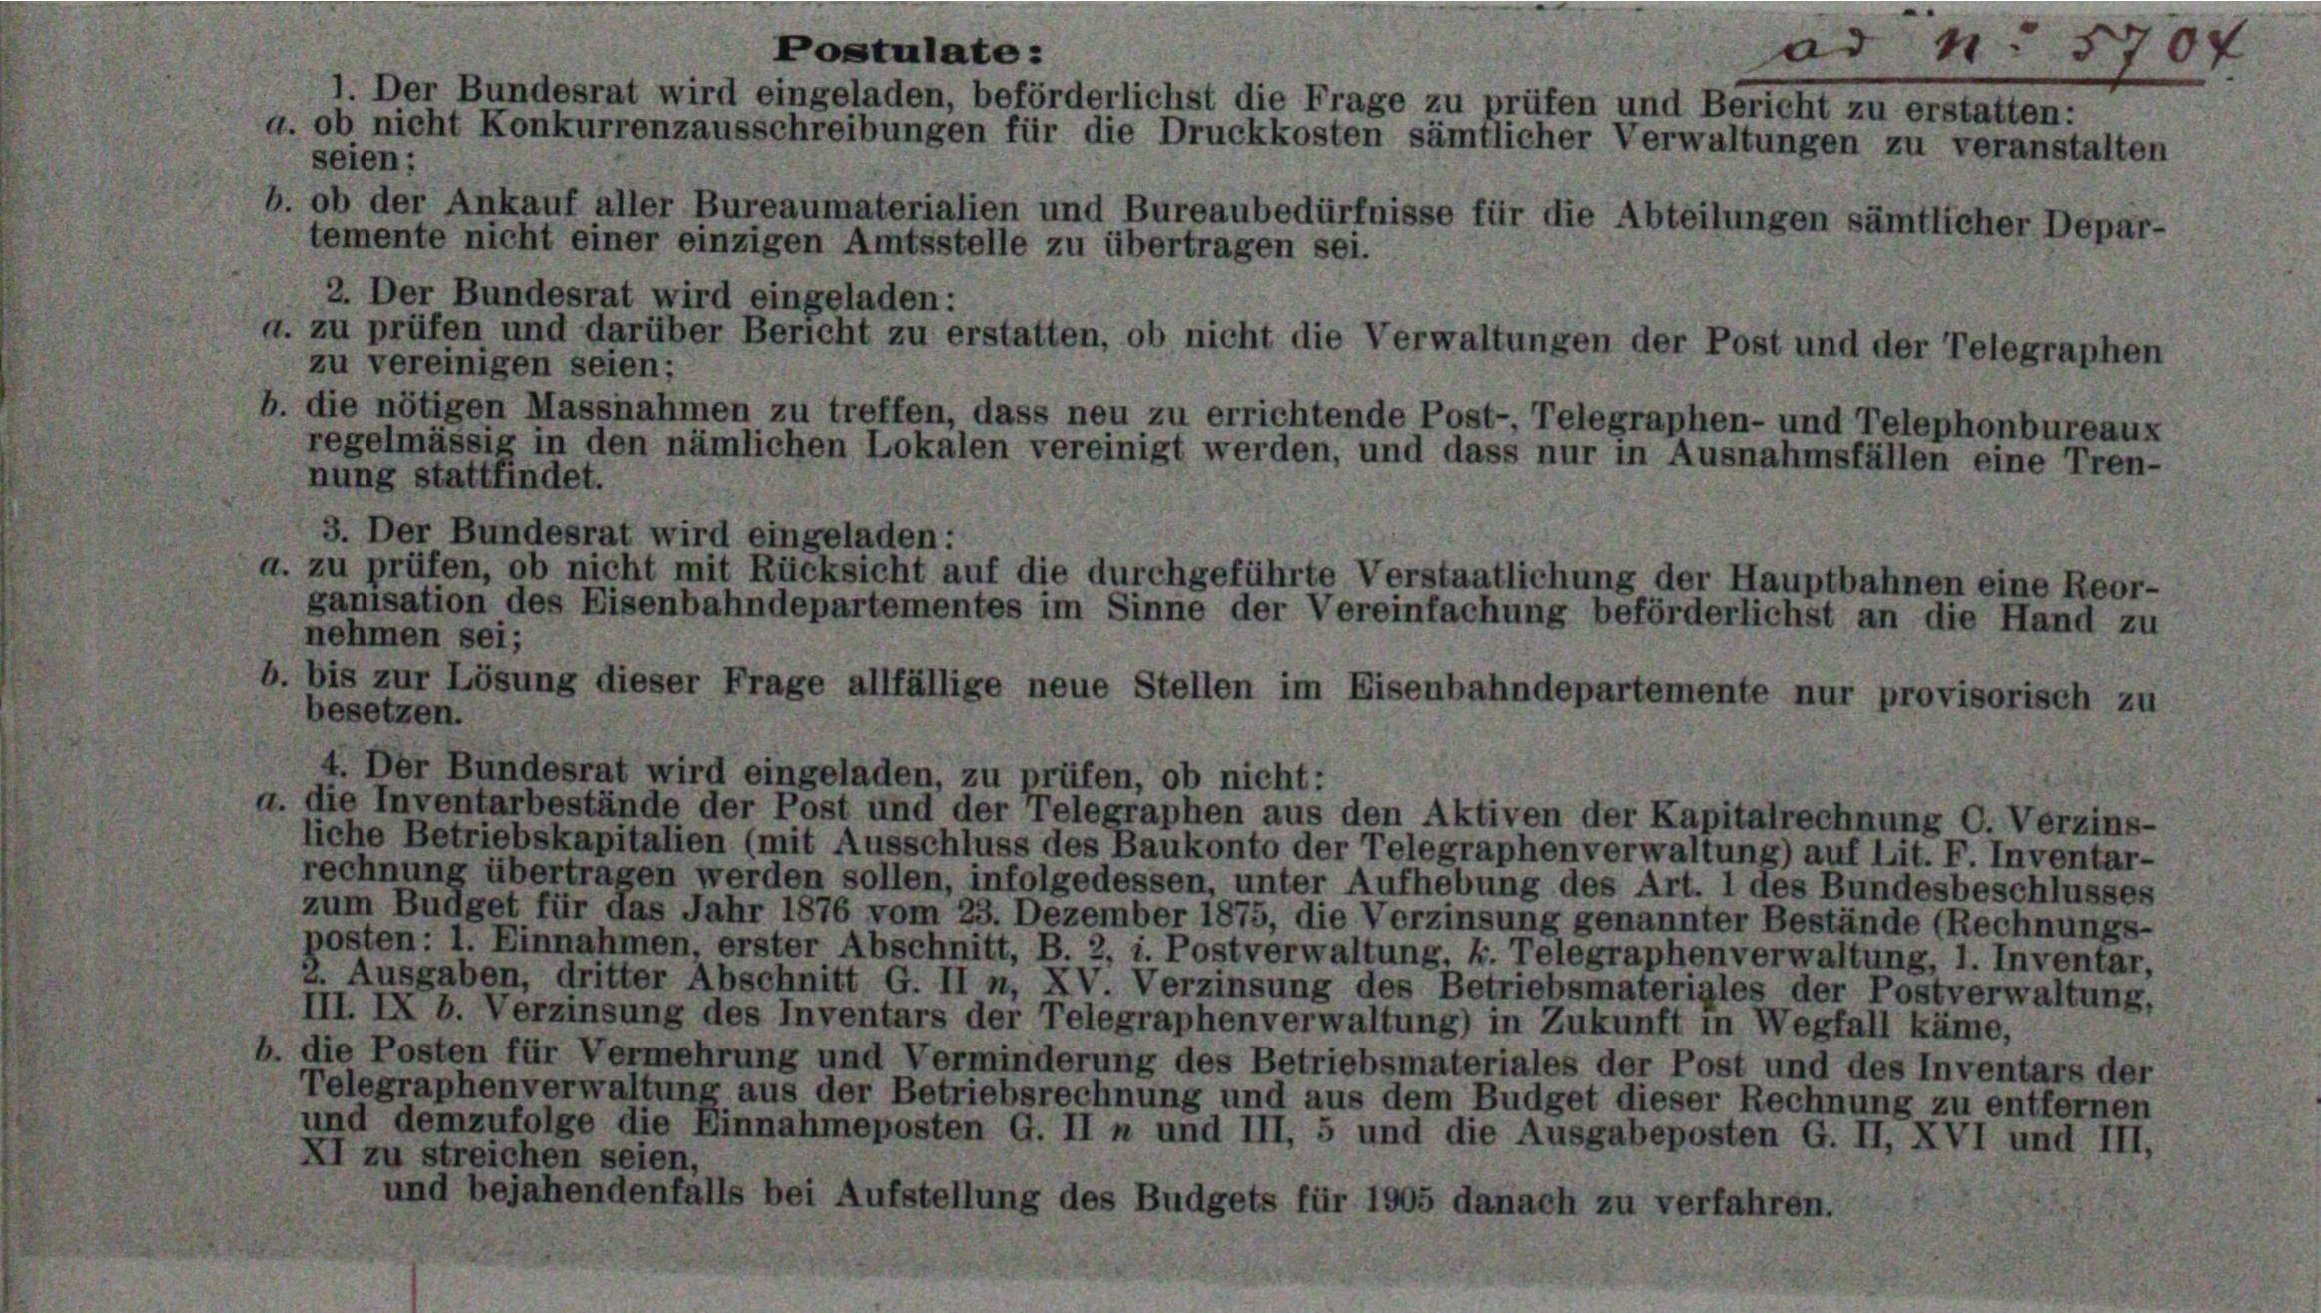
zu vereinigen seien;
nung stattfindet.

der Ankauf aller Bureaumaterialien und Bureaubedürfnisse für die Abteilungen sämtlicher De
mente nicht einer einzigen Amtsstelle zu übertragen sei.

2. Der Bundesrat wird eingeladen:

3. Der Bundesrat wird eingeladen:
a. zu prüfen, ob nicht mit Rücksicht auf die durchgeführte Verstaatlichung der Hauptbahnen eine Reor-
ganisation des Eisenbahndepartementes im Sinne der Vereinfachung beförderlichst an die Hand zu

.

a. zu prüfen und darüber Bericht zu erstatten, ob nicht die Verwaltungen der Post und der Telegraphe,

b. die nötigen Massnahmen zu treffen, dass neu zu errichtende Post-, Telegraphen- und Telephonbure
regelmässig in den nämlichen Lokalen vereinigt werden, und dass nur in Ausnahmsfällen eine Tr

e a

Postulate:

e

1. Der Bundesrat wird eingeladen, beförderlichst die Frage zu prüfen und Bericht zu erstatten:
ob nicht Konkurrenzausschreibungen für die Druckkosten sämtlicher Verwaltungen zu v

50 x

die Inventarbestände der Post und der Telegraphen aus den Aktiven der Kapitalrechnung C. Verzins-
liche Betriebskapitalien (mit Ausschluss des Baukonto der Telegraphenverwaltung) auf Lit. F. Inventar-
rechnung übertragen werden sollen, infolgedessen, unter Aufhebung des Art. 1 des Bundesbeschlusses
zum Budget für das Jahr 1876 vom 23. Dezember 1875, die Verzinsung genannter Bestände (Rechnungs-
posten: 1. Einnahmen, erster Abschnitt, B. 2, i. Postverwaltung, k. Telegraphenverwaltung, 1. Inventar,
2. Ausgaben, dritter Abschnitt G. II n, XV. Verzinsung des Betriebsmaterigles der Postverwaltung,
III. IX b. Verzinsung des Inventars der Telegraphenverwaltung) in Zukunft in Wegfall käme,
die Posten für Vermehrung und Verminderung des Betriebsmateriales der Post und des Inventars der
Telegraphenverwaltung aus der Betriebsrechnung und aus dem Budget dieser Rechnung zu entfernen
und demzufolge die Einnahmeposten G. II n und III, 5 und die Ausgabeposten G. II, XVI und III.
XI zu streichen seien,
und bejahendenfalls bei Aufstellung des Budgets für 1905 danach zu verfahren.

ung dieser Frag

4. Der Bundesrat wird eingeladen, zu prüfen, ob nicht:

lfällige neue Stellen im Eisenbahndepartemente nur provisor

ver
nstalten